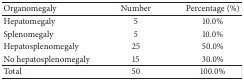
<table><thead><tr><td><b>Organomegaly</b></td><td><b>Number </b></td><td><b>Percentage (%)</b></td></tr></thead><tbody><tr><td>Hepatomegaly</td><td>5</td><td>10.0%</td></tr><tr><td>Splenomegaly</td><td>5</td><td>10.0%</td></tr><tr><td>Hepatosplenomegaly</td><td>25</td><td>50.0%</td></tr><tr><td>No hepatosplenomegaly</td><td>15</td><td>30.0%</td></tr><tr><td>Total</td><td>50</td><td>100.0%</td></tr></tbody></table>